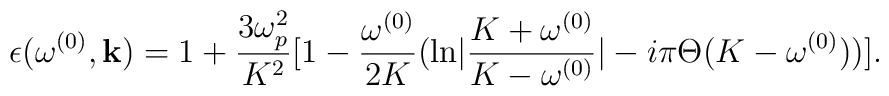
\epsilon(\omega^{(0)}, {\bf k})=1+{3\omega_p^2\over K^2} [1-{\omega^{(0)}\over 2K}\bigl({\ln}|{K+\omega^{(0)}\over K-\omega^{(0)}}|-i\pi\Theta(K-\omega^{(0)}) \bigr) ].